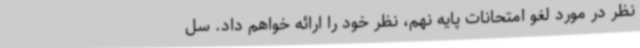
نظر در مورد لغو امتحانات پایه نهم، نظر خود را ارائه خواهم داد. سل